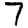
Digit: 7